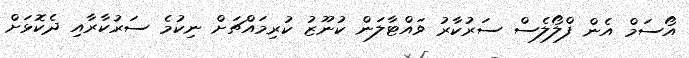
އޯސަމް އެން ފްލޯލެސް ސަރުކާރު ވައްޓާލަން ކުނޫޒު ކުރިމައްޗަށް ނިކުމެ ސަރުކާރާއި ދެކޮޅަށް